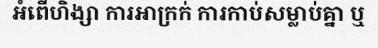
អំពើហិង្សា ការអាក្រក់ ការកាប់សម្លាប់គ្នា ឬ